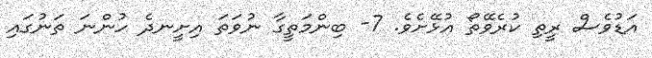
އަޑުވެސް ރީތި ކުރެވޭތޯ އުޅޭށެވެ. 7- ބިންމަތީގާ ނުވަތަ އިށީނދެ ހުންނަ ތަނުގައި